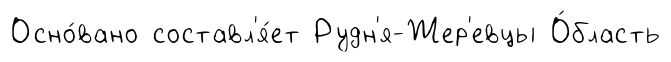
Осно́вано составл'я́ет Рудн'я-Жер'евцы О́бласть